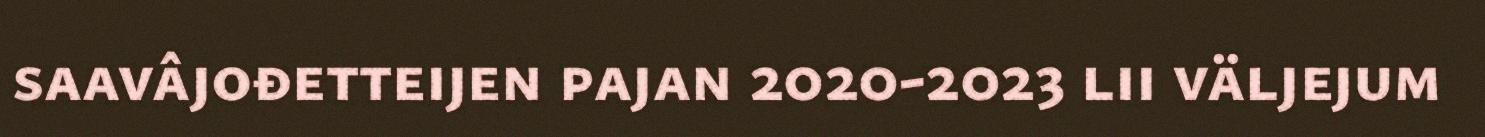
saavâjođetteijen pajan 2020-2023 lii väljejum